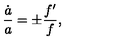
{ \frac { \dot { a } } { a } } = \pm { \frac { f ^ { \prime } } { f } } ,